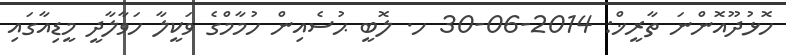
ހޮޅުދޫއޮންނަ ތާރީޚް: 2014-06-30 ހ. ލޮބީ ޙުސެއިން ހުމާމްގެ ވަކީލާ ހަވާލާދީ މީޑިއާގައި